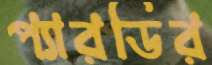
প্যারডির